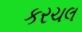
કરચલ